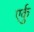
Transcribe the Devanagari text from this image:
एर्कु